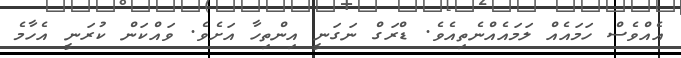
އެއްވެސް ހަމައެއް ލަމައެއްނެތިއެވެ. ޑްރަގް ނަގަނީ އިންތިހާ އަށެވެ. ވައްކަން ކުރަނީ އެހާމެ